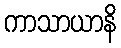
ကာသာယာနိ